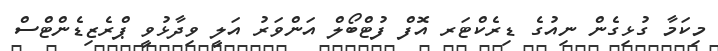
މިކަމާ ގުޅިގެން ނިއުގެ ޑިރެކްޓަރ އޮފް ފުޓްބޯލް އަންވަރު އަލީ ވިދާޅުވީ ޕްރެޒިޑެންޓްސް